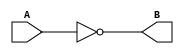
`timescale 1ns/10ps
module not_op(A, B);
input [31:0] A;
output reg [31:0] B;

always@(A)
	begin
	B = ~A; //not operation
	
	end
endmodule